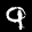
Label: 9